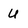
Character: U